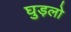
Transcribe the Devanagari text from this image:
घुड़लो